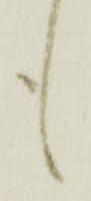
も